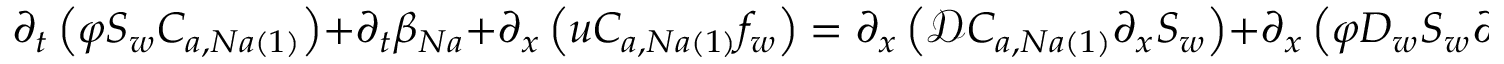
\partial _ { t } \left( \varphi S _ { w } C _ { a , N a \left( 1 \right) } \right) + \partial _ { t } \beta _ { N a } + \partial _ { x } \left( u C _ { a , N a \left( 1 \right) } f _ { w } \right) = \partial _ { x } \left( \mathcal { D } C _ { a , N a \left( 1 \right) } \partial _ { x } S _ { w } \right) + \partial _ { x } \left( \varphi D _ { w } S _ { w } \partial _ { x } C _ { a , N a \left( 1 \right) } \right) .